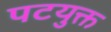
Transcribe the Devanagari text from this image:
पटयुक्त